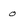
Character: 0